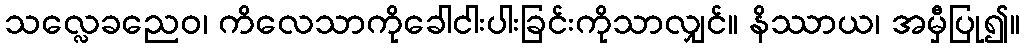
သလ္လေခညေဝ၊ ကိလေသာကိုခေါငါးပါးခြင်းကိုသာလျှင်။ နိဿာယ၊ အမှီပြု၍။